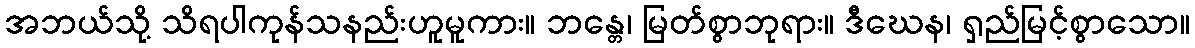
အဘယ်သို့ သိရပါကုန်သနည်းဟူမူကား။ ဘန္တေ၊ မြတ်စွာဘုရား။ ဒီဃေန၊ ရှည်မြင့်စွာသော။